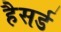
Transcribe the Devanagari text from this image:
हैसर्ड